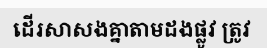
ដើរសាសងគ្នាតាមដងផ្លូវ ត្រូវ